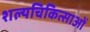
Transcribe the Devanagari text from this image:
शल्यचिकित्साओं